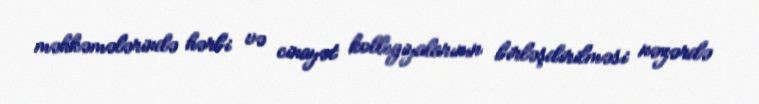
məhkəmələrində hərbi və cinayət kollegiyalarının birləşdirilməsi nəzərdə